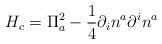
LaTeX: \begin{align*}H_{c} = \Pi_{a}^{2} - \frac{1}{4} \partial_{i}n^{a}\partial^{i}n^{a}\end{align*}